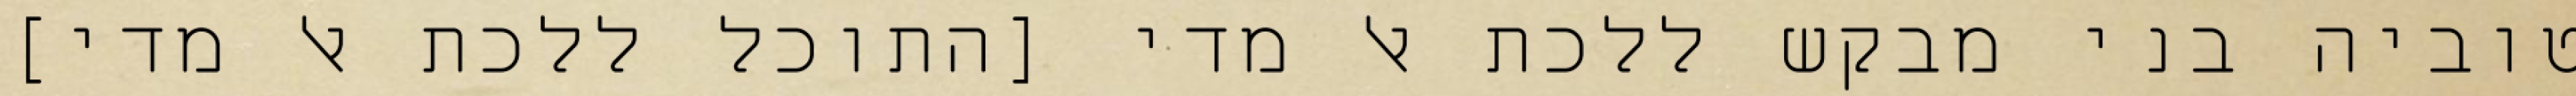
טוביה בני מבקש ללכת אל מדי [התוכל ללכת אל מדי]